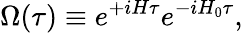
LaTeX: \Omega(\tau)\equiv e^{+iH\tau}e^{-iH_{0}\tau},